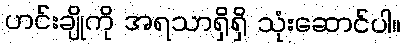
ဟင်းချိုကို အရသာရှိရှိ သုံးဆောင်ပါ။